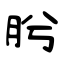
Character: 肹